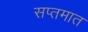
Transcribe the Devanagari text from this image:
सप्तमात